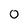
Character: 0